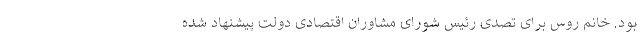
بود. خانم روس برای تصدی رئیس شورای مشاوران اقتصادی دولت پیشنهاد شده